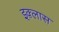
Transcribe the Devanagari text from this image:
इक़्लास